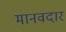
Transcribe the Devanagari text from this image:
मानवदार